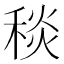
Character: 𥟢